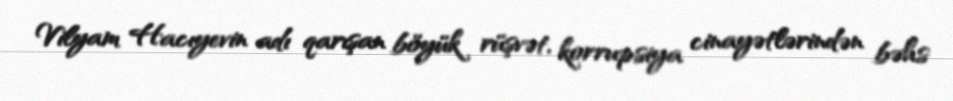
Vilyam Hacıyevin adı qarışan böyük rüşvət, korrupsiya cinayətlərindən bəhs